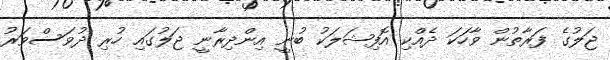
ޖަލުގެ ފަރާތުން ވާހަކަ ދެއްކި އޮފިޝަލަކު ބުނީ އިންދިރާނީ ޖަލުގައި ހުރި ދުވަސްވަރު